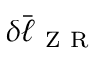
\delta \bar { \ell } _ { \mathrm { ~ Z ~ R ~ } }